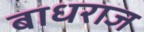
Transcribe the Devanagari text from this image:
बाधराज